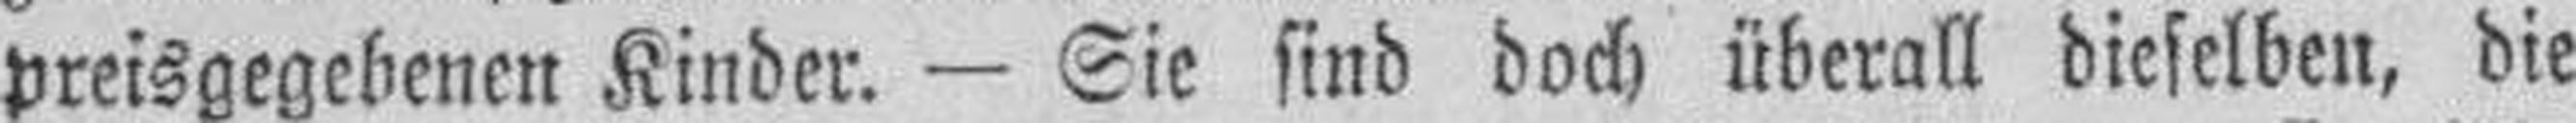
preisgegebenen Kinder. — Sie sind doch überall dieselben, die